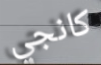
كانجي